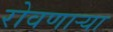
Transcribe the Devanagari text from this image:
रोवणार्‍या